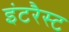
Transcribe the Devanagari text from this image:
इंटरैस्ट